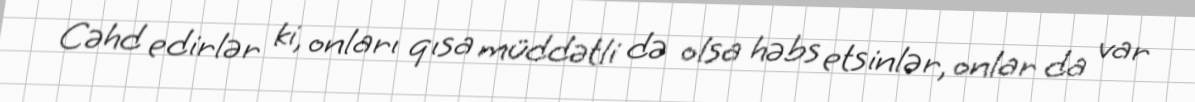
Cəhd edirlər ki, onları qısa müddətli də olsa həbs etsinlər, onlar da var